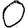
Digit: 0